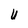
Character: U